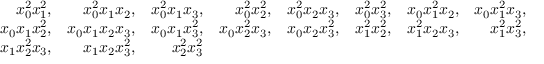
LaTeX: \begin{array} { r r r r r r r r } { x _ { 0 } ^ { 2 } x _ { 1 } ^ { 2 } , } & { x _ { 0 } ^ { 2 } x _ { 1 } x _ { 2 } , } & { x _ { 0 } ^ { 2 } x _ { 1 } x _ { 3 } , } & { x _ { 0 } ^ { 2 } x _ { 2 } ^ { 2 } , } & { x _ { 0 } ^ { 2 } x _ { 2 } x _ { 3 } , } & { x _ { 0 } ^ { 2 } x _ { 3 } ^ { 2 } , } & { x _ { 0 } x _ { 1 } ^ { 2 } x _ { 2 } , } & { x _ { 0 } x _ { 1 } ^ { 2 } x _ { 3 } , } \\ { x _ { 0 } x _ { 1 } x _ { 2 } ^ { 2 } , } & { x _ { 0 } x _ { 1 } x _ { 2 } x _ { 3 } , } & { x _ { 0 } x _ { 1 } x _ { 3 } ^ { 2 } , } & { x _ { 0 } x _ { 2 } ^ { 2 } x _ { 3 } , } & { x _ { 0 } x _ { 2 } x _ { 3 } ^ { 2 } , } & { x _ { 1 } ^ { 2 } x _ { 2 } ^ { 2 } , } & { x _ { 1 } ^ { 2 } x _ { 2 } x _ { 3 } , } & { x _ { 1 } ^ { 2 } x _ { 3 } ^ { 2 } , } \\ { x _ { 1 } x _ { 2 } ^ { 2 } x _ { 3 } , } & { x _ { 1 } x _ { 2 } x _ { 3 } ^ { 2 } , } & { x _ { 2 } ^ { 2 } x _ { 3 } ^ { 2 } } \end{array}